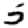
Digit: 5